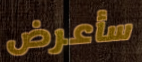
سأعرض